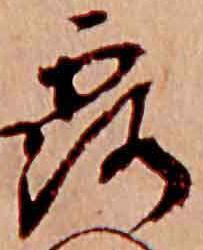
露